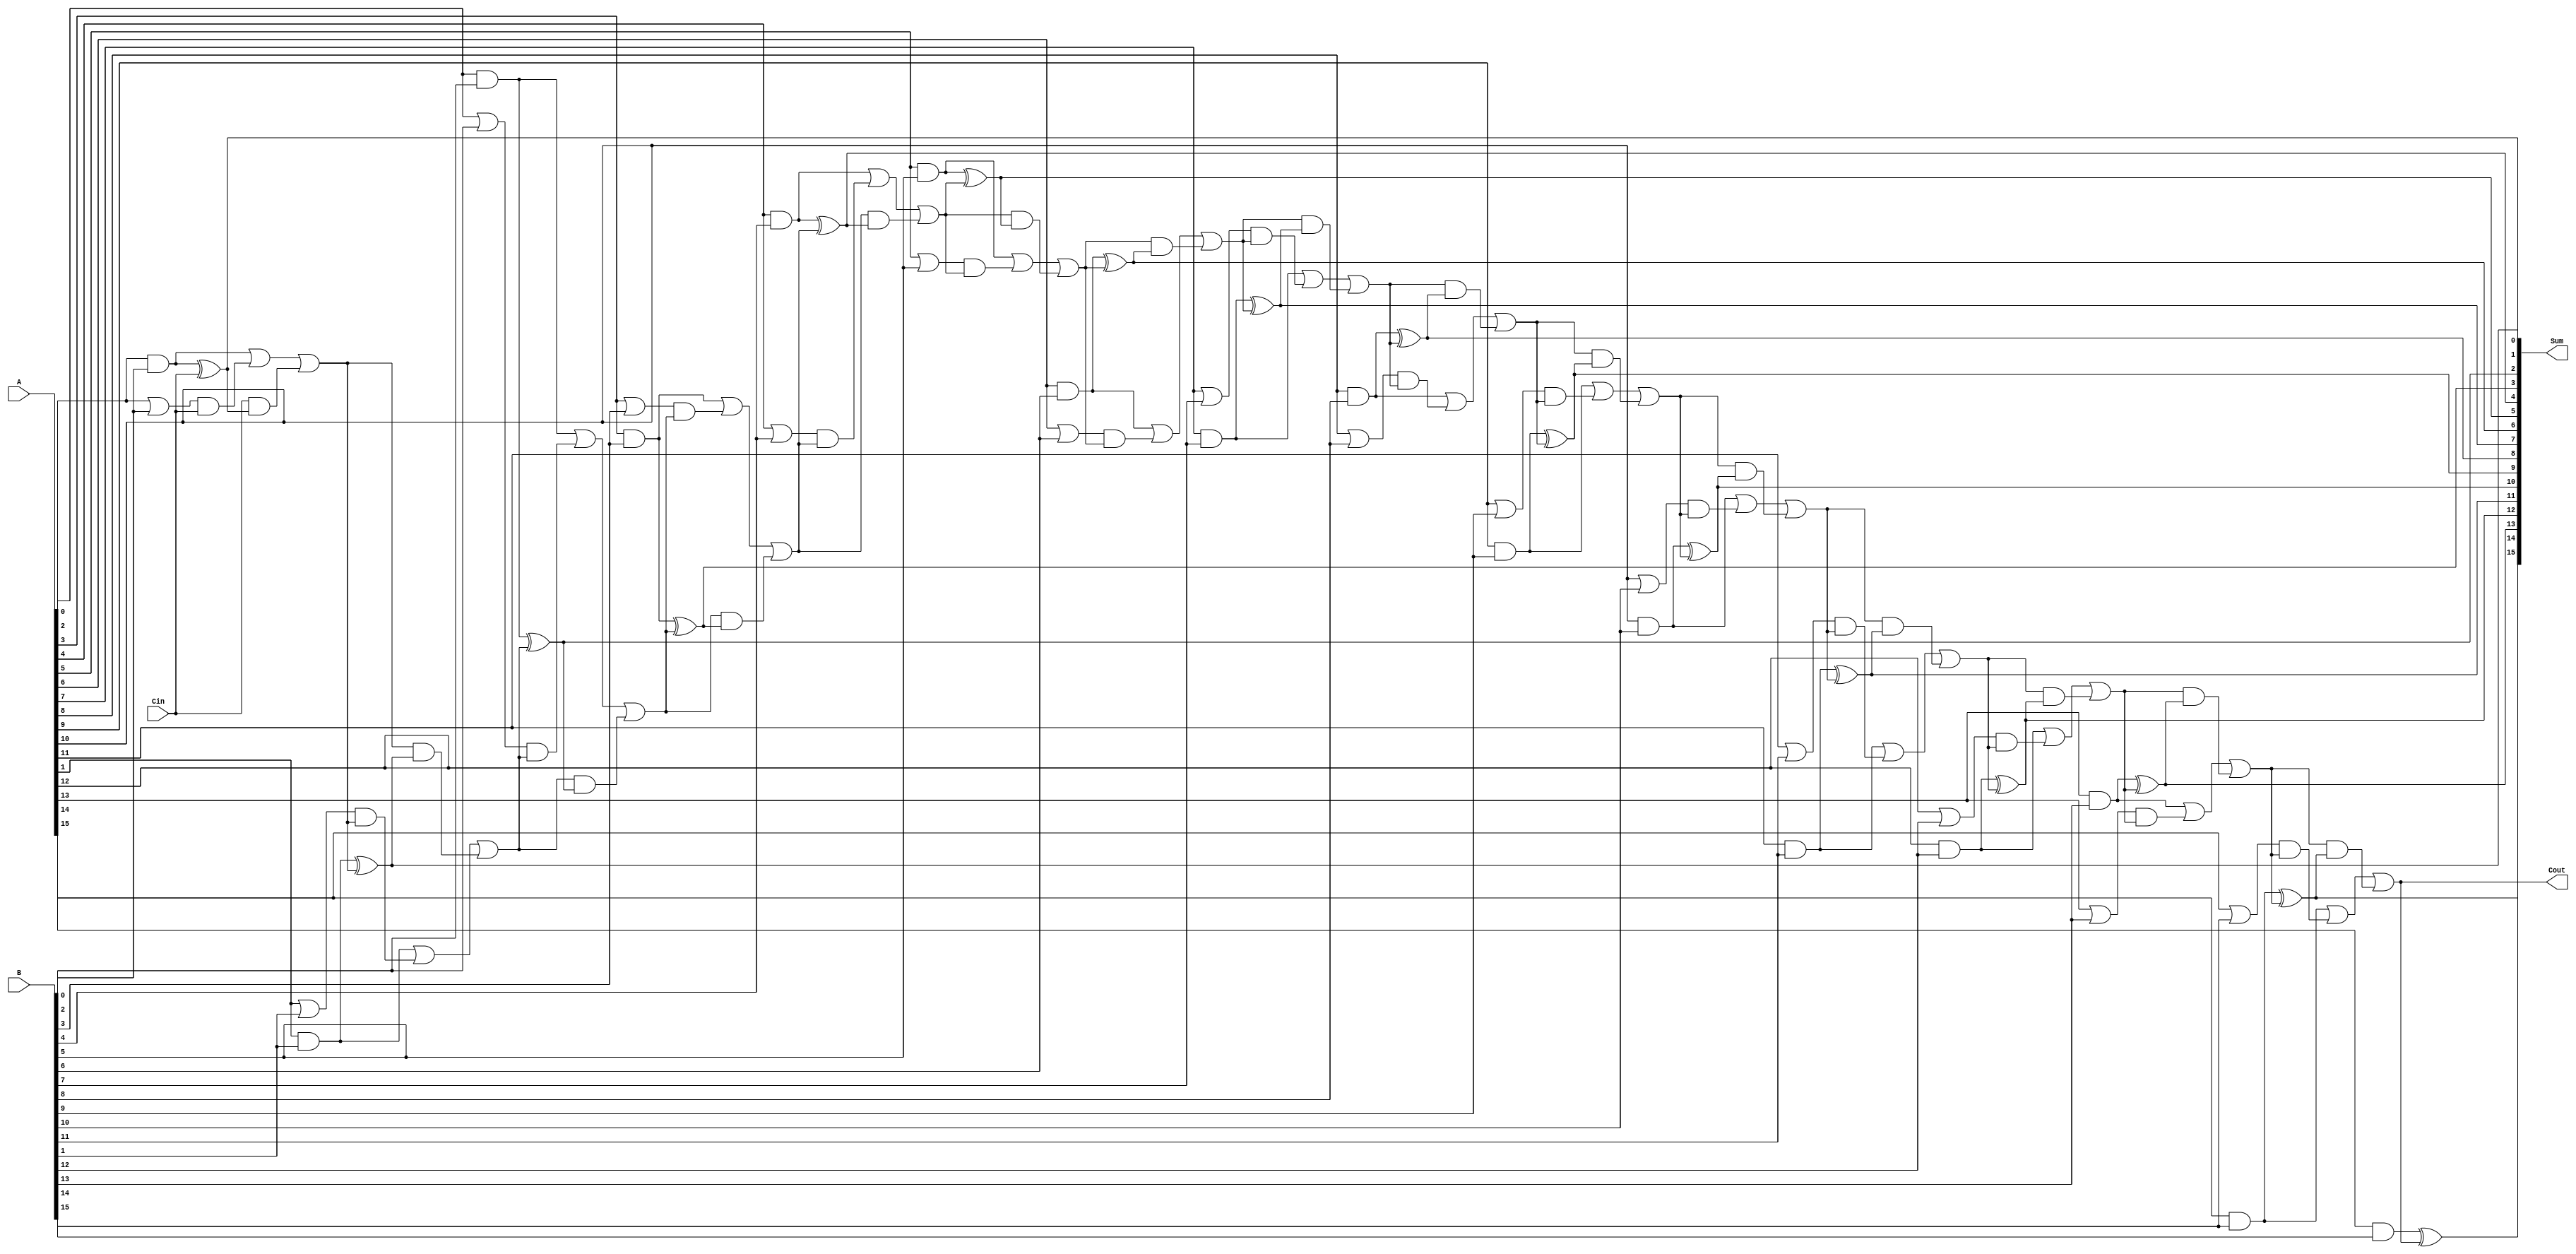
module CarrySkipLookAheadAdder (
    input wire [15:0] A,
    input wire [15:0] B,
    input wire Cin,
    output wire [15:0] Sum,
    output wire Cout
);

wire [15:0] C;
wire [15:0] G;
wire [15:0] P;
wire [15:0] S;
wire [15:0] C_out;

// Generate G, P, and C signals for each arithmetic block
genvar i;
generate
    for (i = 0; i < 16; i = i + 1) begin : genBlocks
        assign G[i] = A[i] & B[i];
        assign P[i] = A[i] | B[i];
        assign S[i] = G[i] ^ C[i];
        assign C_out[i] = G[i] | (P[i] & C[i]);
    end
endgenerate

// Carry-skip logic
assign C[0] = Cin;
generate
    for (i = 0; i < 15; i = i + 1) begin : carrySkip
        assign C[i+1] = C_out[i] | (C[i] & S[i]);
    end
endgenerate

assign Sum = S;
assign Cout = C[15];

endmodule